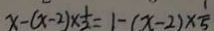
x - ( x - 2 ) \times \frac { 1 } { 2 } = 1 - ( x - 2 ) \times \frac { 1 } { 5 }